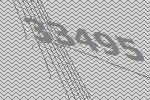
33495